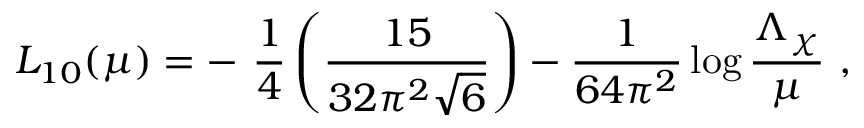
L _ { 1 0 } ( \mu ) = - \ \frac { 1 } { 4 } \left( \frac { 1 5 } { 3 2 \pi ^ { 2 } \sqrt { 6 } } \right) - \frac { 1 } { 6 4 \pi ^ { 2 } } \log \frac { \Lambda _ { \chi } } { \mu } \ ,